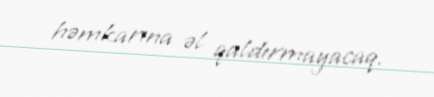
həmkarına əl qaldırmayacaq.